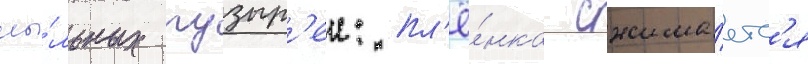
мы́льных пузыр'еи: пл'ё́нка сжима́етс'я